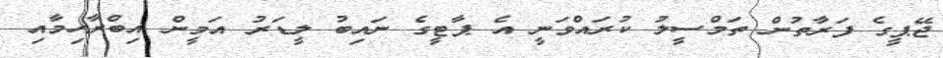
ޖޭޕީގެ ފަރާތުން ތަމްސީލު ކުރައްވަނީ އެ ޕާޓީގެ ނައިބު ލީޑަރު އަމީން އިބްރާހިމާއި